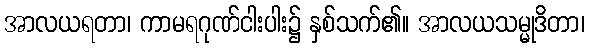
အာလယရတာ၊ ကာမရဂုဏ်ငါးပါး၌ နှစ်သက်၏။ အာလယသမ္မုဒိတာ၊